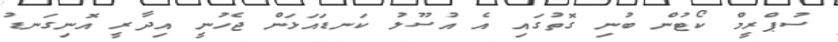
ސުޕްރީމް ކޯޓުން ބުނި ގޮތުގައި އެ އުސޫލު ކަނޑައަޅަން ޖެހުނީ އިދާރީ އޮނިގަނޑު